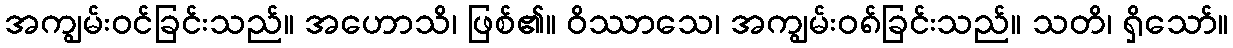
အကျွမ်းဝင်ခြင်းသည်။ အဟောသိ၊ ဖြစ်၏။ ဝိဿာသေ၊ အကျွမ်းဝ၈်ခြင်းသည်။ သတိ၊ ရှိသော်။